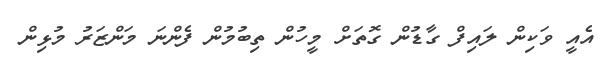
އެއީ ވަކިން ލައިފް ގާޑުން ގޮތަށް މީހުން ތިބުމުން ފެންނަ މަންޒަރު މުޅިން